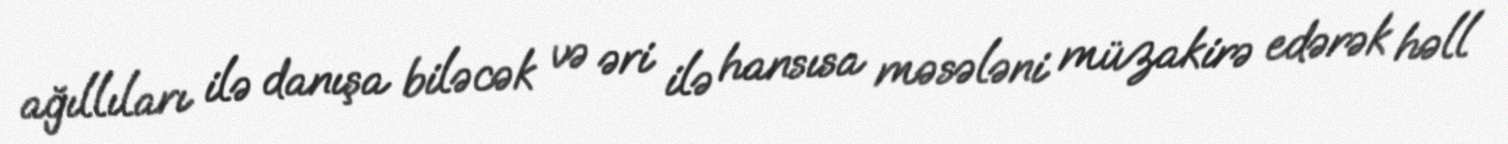
ağıllıları ilə danışa biləcək və əri ilə hansısa məsələni müzakirə edərək həll